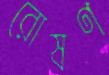
রোষণ